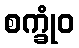
စက္ခုံဝ